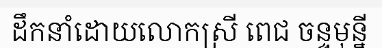
ដឹកនាំដោយលោកស្រី ពេជ ចន្ទមុន្នី